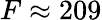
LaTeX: F\approx 209